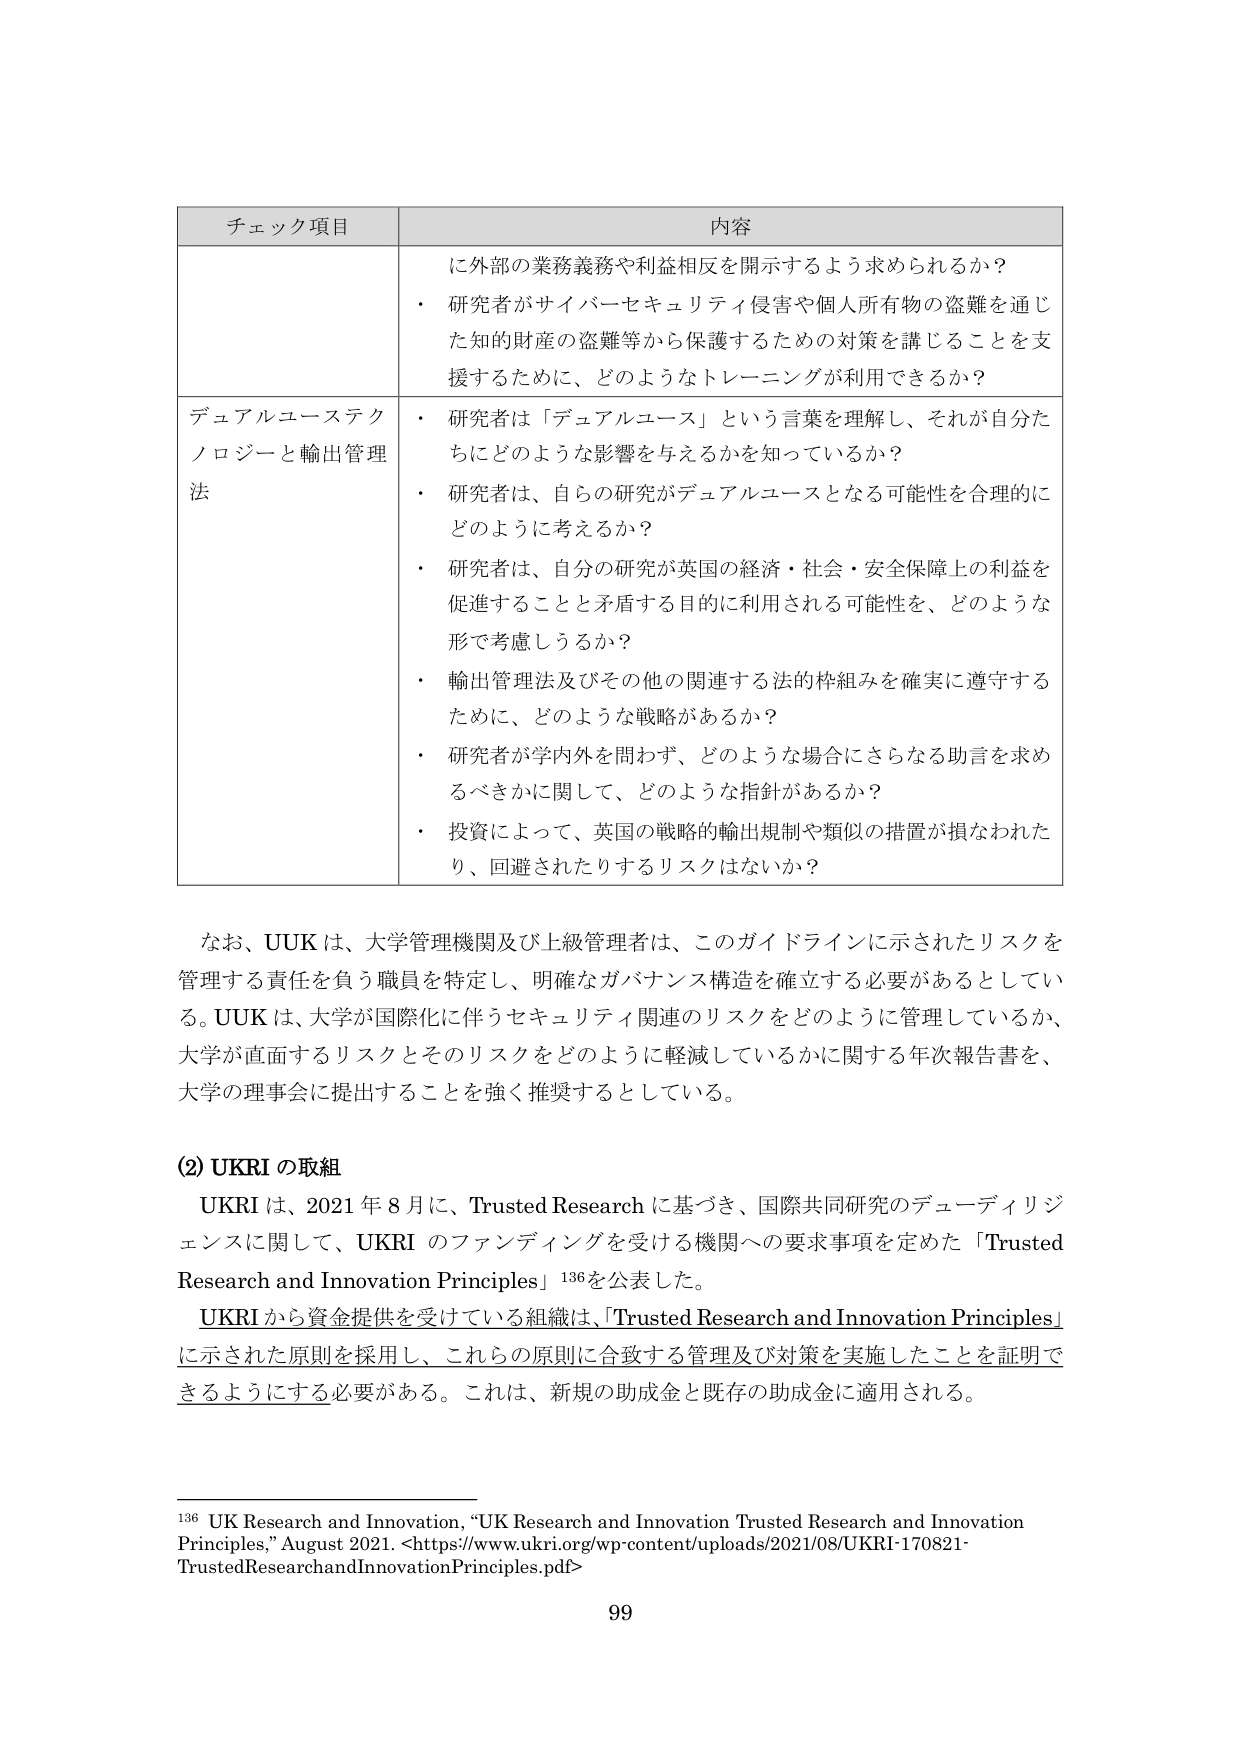
チェック項目 内容
に外部の業務義務や利益相反を開示するよう求められるか？
・ 研究者がサイバーセキュリティ侵害や個人所有物の盗難を通じ
た知的財産の盗難等から保護するための対策を講じることを支
援するために、どのようなトレーニングが利用できるか？
デュアルユーステクノロジーと輸出管理法
・ 研究者は「デュアルユース」という言葉を理解し、それが自分た
ちにどのような影響を与えるかを知っているか？
・ 研究者は、自らの研究がデュアルユースとなる可能性を合理的に
どのように考えるか？
・ 研究者は、自分の研究が英国の経済・社会・安全保障上の利益を
促進することと矛盾する目的に利用される可能性を、どのような
形で考慮しうるか？
・ 輸出管理法及びその他の関連する法的枠組みを確実に遵守する
ために、どのような戦略があるか？
・ 研究者が学内外を問わず、どのような場合にさらなる助言を求め
るべきかに関して、どのような指針があるか？
・ 投資によって、英国の戦略的輸出規制や類似の措置が損なわれた
り、回避されたりするリスクはないか？

なお、UUK は、大学管理機関及び上級管理者は、このガイドラインに示されたリスクを
管理する責任を負う職員を特定し、明確なガバナンス構造を確立する必要があるとしてい
る。UUK は、大学が国際化に伴うセキュリティ関連のリスクをどのように管理しているか、
大学が直面するリスクとそのリスクをどのように軽減しているかに関する年次報告書を、
大学の理事会に提出することを強く推奨するとしている。

(2) UKRI の取組
UKRI は、2021 年 8 月に、Trusted Research に基づき、国際共同研究のデューディリジェンスに関して、UKRI のファンディングを受ける機関への要求事項を定めた「Trusted Research and Innovation Principles」136を公表した。
UKRI から資金提供を受けている組織は、「Trusted Research and Innovation Principles」に示された原則を採用し、これらの原則に合致する管理及び対策を実施したことを証明できるようにする必要がある。これは、新規の助成金と既存の助成金に適用される。

136 UK Research and Innovation, “UK Research and Innovation Trusted Research and Innovation Principles,” August 2021. <https://www.ukri.org/wp-content/uploads/2021/08/UKRI-170821-TrustedResearchandInnovationPrinciples.pdf>
99